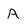
Character: A